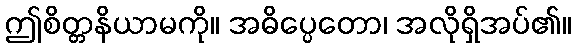
ဤစိတ္တနိယာမကို။ အဓိပ္ပေတော၊ အလိုရှိအပ်၏။